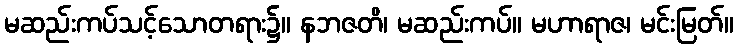
မဆည်းကပ်သင့်သောတရား၌။ နဘဇတိ၊ မဆည်းကပ်။ မဟာရာဇ၊ မင်းမြတ်။